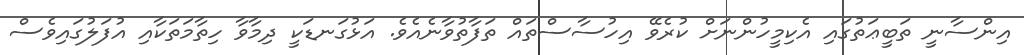
އިންސާނީ ތަބީޢަތުގައި އެކިމީހުންނަށް ކުރެވޭ އިހުސާސްތައް ތަފާތުވާނެއެވެ. އަޅުގަނޑަކީ ދިމާވާ ހިތާމަތަކާއި އުފަލުގައިވެސް